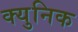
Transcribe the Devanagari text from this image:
क्युनिक